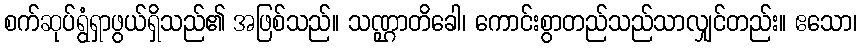
စက်ဆုပ်ရွံရှာဖွယ်ရှိသည်၏ အဖြစ်သည်။ သဏ္ဌာတိခေါ၊ ကောင်းစွာတည်သည်သာလျှင်တည်း။ ဧသော၊